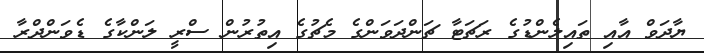
ޔާދަވް އާއި ތައިލެންޑުގެ ރަޗަޓާ ޗަންދަވަންގެ މެޗުގެ އިތުރުން ސްރީ ލަންކާގެ ޑެވަންދްރާ